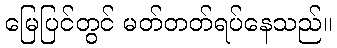
မြေပြင်တွင် မတ်တတ်ရပ်နေသည်။